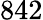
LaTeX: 842